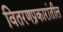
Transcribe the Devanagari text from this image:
वितरणप्रकारांतील